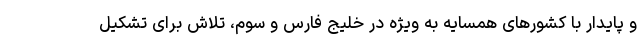
و پایدار با کشورهای همسایه به ویژه در خلیج فارس و سوم، تلاش برای تشکیل